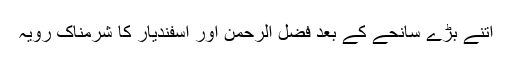
اتنے بڑے سانحے کے بعد فضل الرحمن اور اسفندیار کا شرمناک رویہ